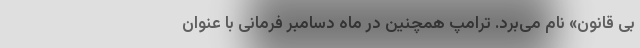
بی قانون» نام می‌برد. ترامپ همچنین در ماه دسامبر فرمانی با عنوان